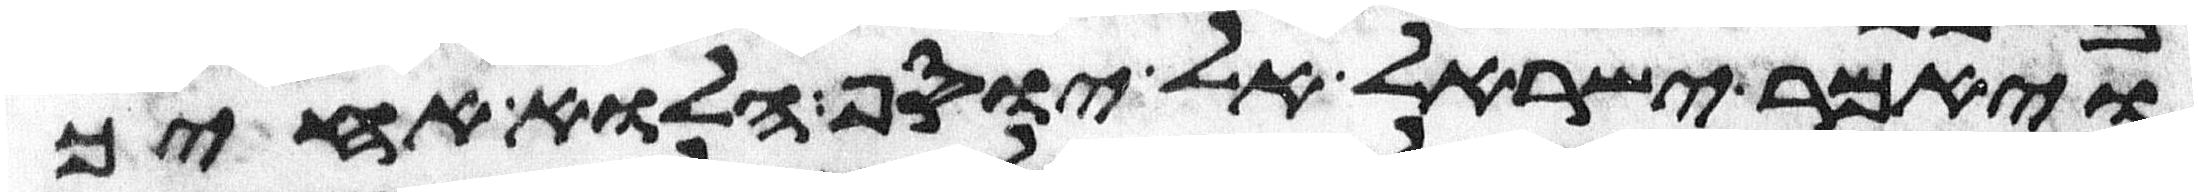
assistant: ויאמר ישראל אל יוסף הלוא אחיך